Eesti_Rahvusfond, lk 78
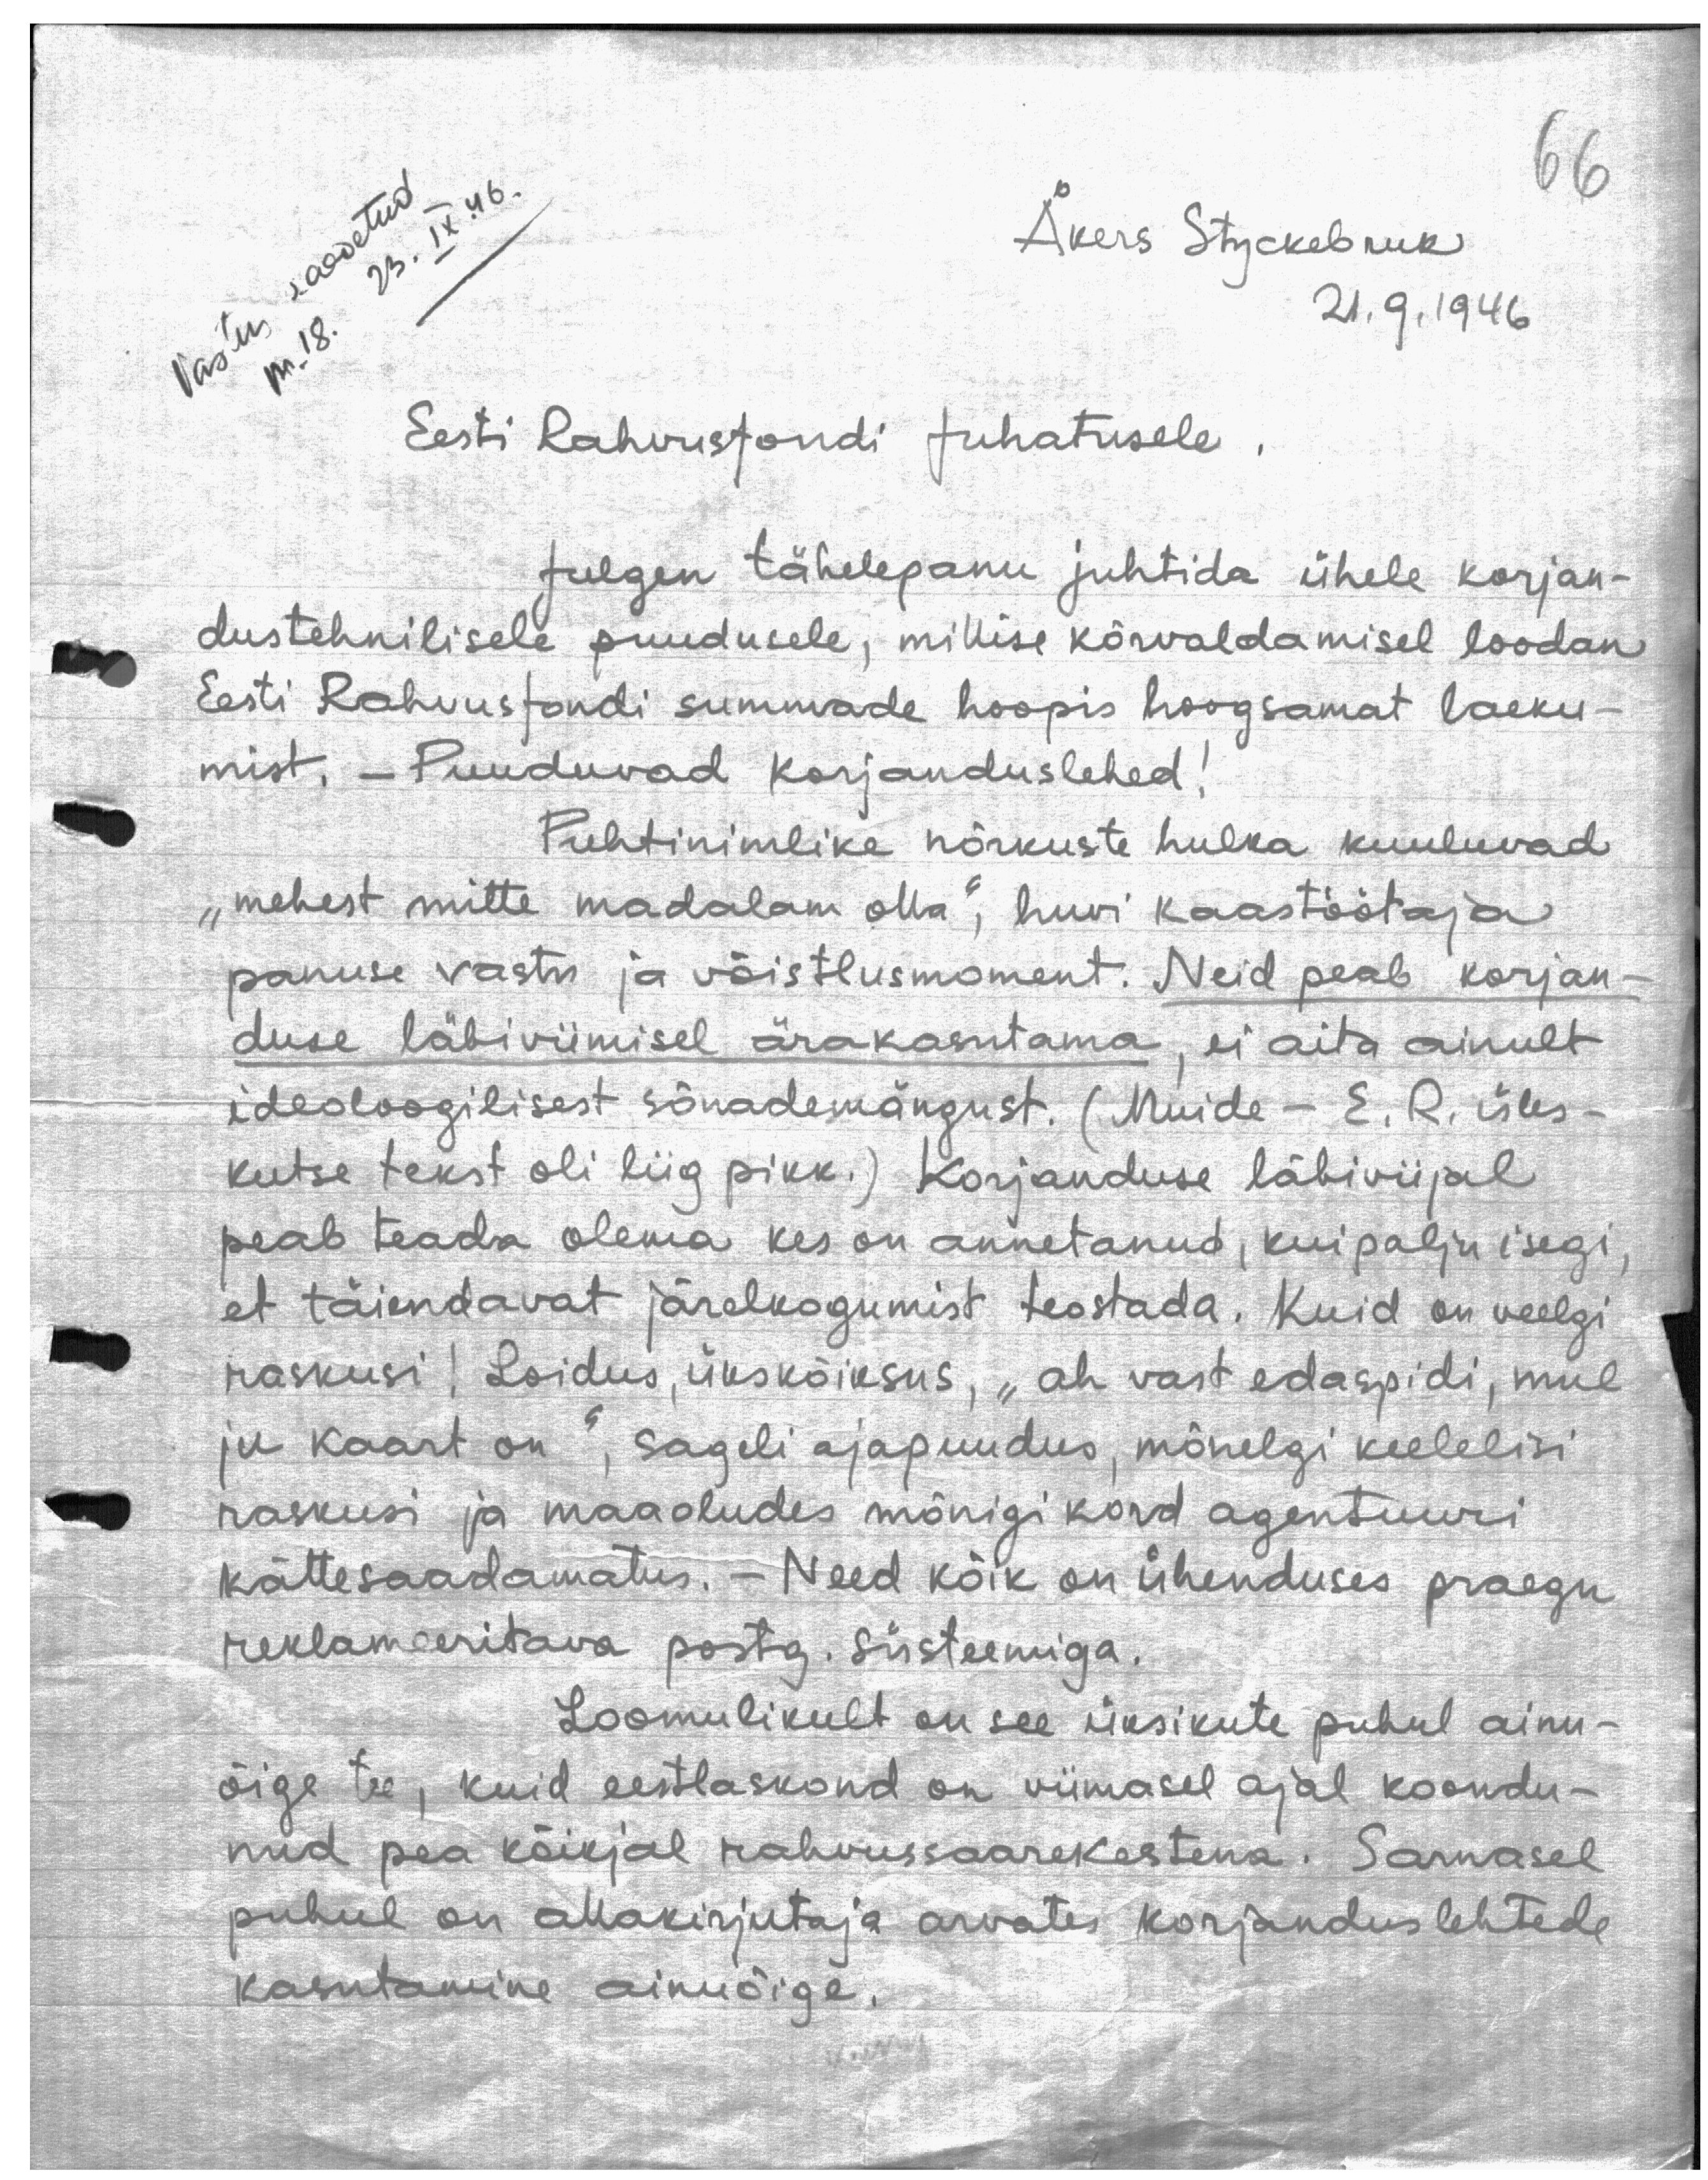
Vastus saadetud
nr. 18. 23. IX. 46.
Eesti Rahvusfondi Juhatusele.

Åkers Styckebruk

21.9.1946

Julgen tähelepanu juhtida ühele korjan-
dustehnilisele puudusele, millise kõrvaldamisel loodan
Eesti Rahvusfondi summade hoopis hoogsamat laeku-
mist. - Puuduvad korjanduslehed!
Puhtinimlike nõrkuste hulka kuuluvad
"mehest mitte madalam olla", huvi kaastöötaja
panuse vastu ja võistlusmoment. Neid peab korjan-
duse läbiviimisel ärakasutama, ei aita ainult
ideoloogilisest sõnademängust. (Muide - E.R. üles-
kutse tekst oli liig pikk.) Korjanduse läbiviijal
peab teada olema kes on annetanud, kui palju isegi,
et täiendavat järelkogumist teostada. Kuid on veelgi
raskusi! Loidus, ükskõiksus, "ah vast edaspidi, mul
ju kaart on", sageli ajapuudus, mõnelgi keelelisi
raskusi ja maaoludes mõnigi kord agentuuri
kättesaadamatus. - Need kõik on ühenduses praegu
reklameeritava postg. süsteemiga.
Loomulikult on see üksikute puhul ainu-
õige tee, kuid eestlaskond on viimasel ajal koondu-
nud pea kõikjal rahvussaarekestena. Sarnasel
puhul on allakirjutaja arvates korjanduslehtede
kasutamine ainuõige.